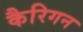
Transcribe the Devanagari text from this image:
कैरिगन